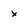
Character: x